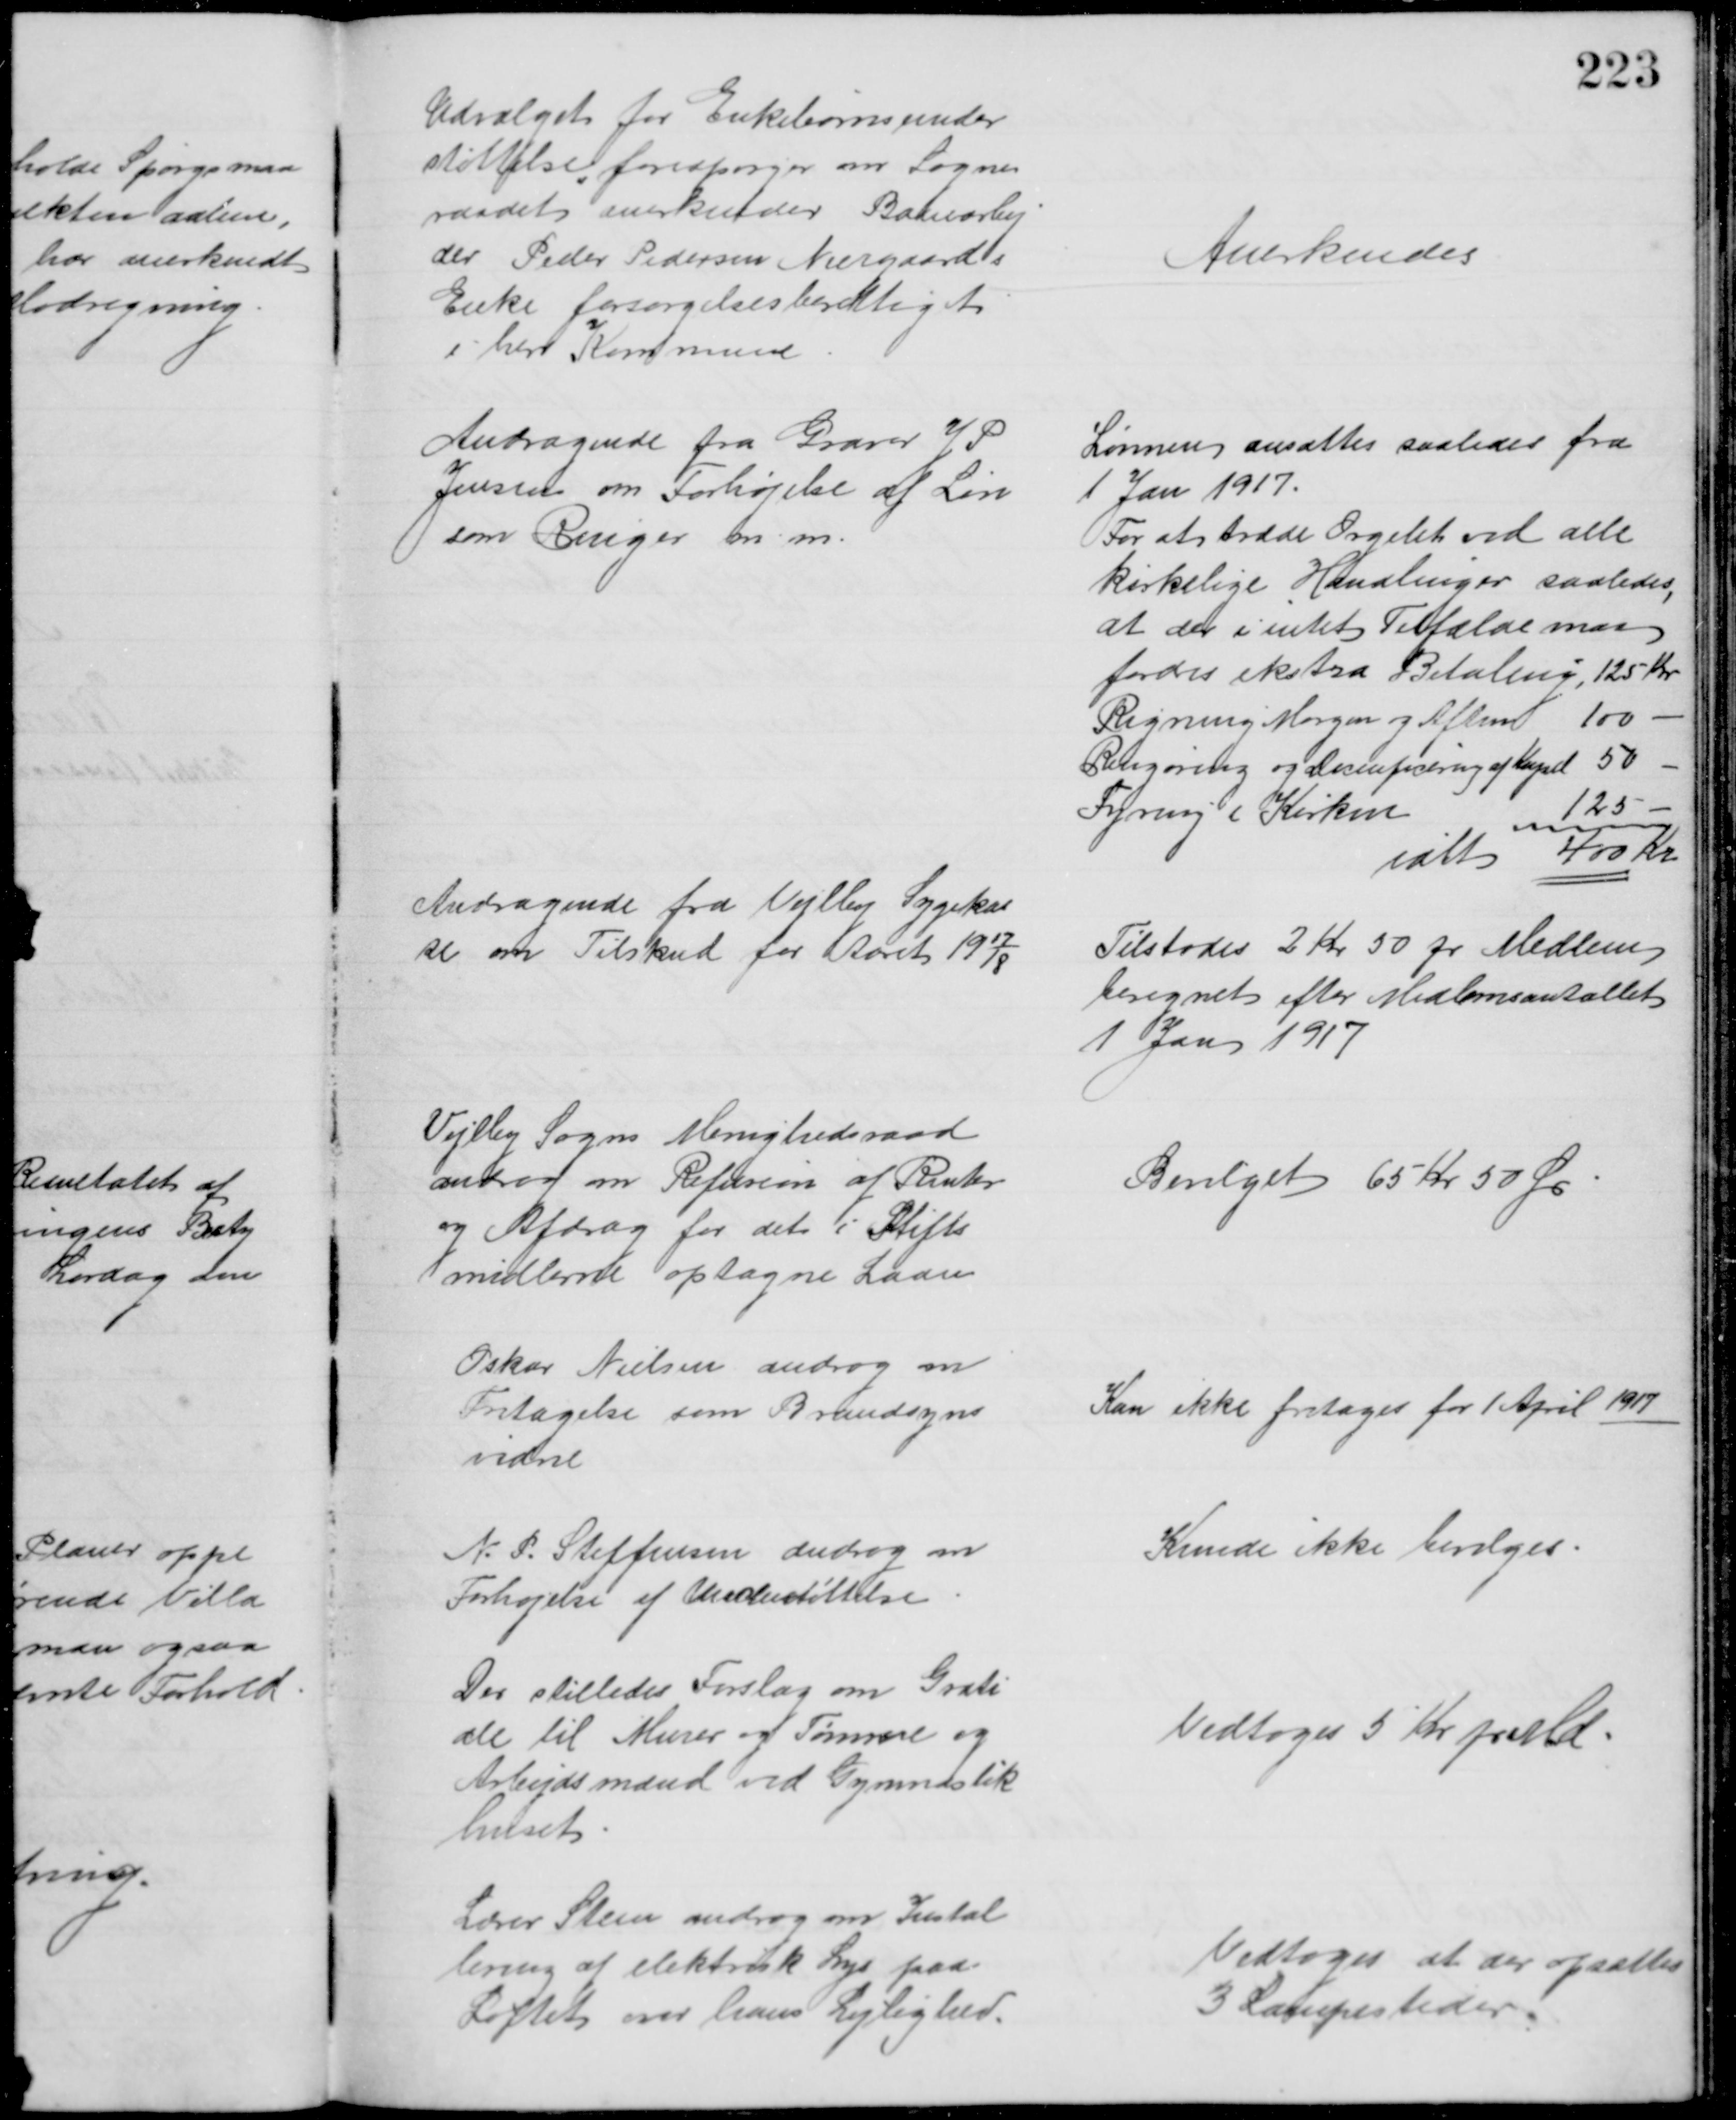
Transskription:
Udvalget for Enkebørnsunder
støttelse forespørger om Sogne
raadet anerkender Banearbej
der Peder Pedersen Neergaards
Enke forsørgelsesberettiget
i herv Kommune
Anerkendes
Andragende fra Graver J P
Jensen om Forhøjelse af Løn
som Ringer m. m.
Lønnen ansattes saaledes fra
1 Jan 1917.
For at træde Orgelet ved alle 
kirkelige Handlinger saaledes,
at der i intet Tilfælde maa
fordres ekstra Betaling, 125 Kr.
Rigning Morgen og Aften 100
Rengøring og Decenficering af Kapel 50
Fyring i Kirken
125 
ialt 400 Kr
Andragende fra Vejlby Sygekas
se om Tilskud for Aaret 1917/18
Tilstodes 2 kr 50 pr Medlem
beregnet efter Medlemsantallet
1 Jan 1917
Vejlby Sogns Menighedsraad
androg om Refusion af Renter
og Afdrag for det i Stifts
midlerne optagne Laan
Bevilget 65 Kr 50 Øre
Oskar Nielsen androg om
Fritagelse som Brandsyns
vidne
Kan ikke fritages før 1 April 1917
N. P. Steffensen androg om
Forhøjelse af Understøttelse
Kunde ikke bevilges.
Der stilledes Forslag om Grati
ale til Murer og Tømrere og
Arbejdsmænd ved Gymnastik
huset
Vedtoges 5 Kr pr Md
Lærer Steen androg om Instal
lering af elektrisk Lys paa
Loftet over hans Lejlighed.
Vedtoges at der opsættes
3 Lampesteder.